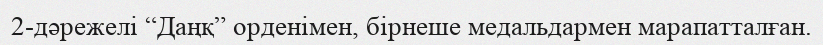
2-дәрежелі “Даңқ” орденімен, бірнеше медальдармен марапатталған.